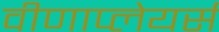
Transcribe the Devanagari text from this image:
वीणाप्लेयर्स